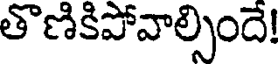
తొణికిపోవాల్సిందే!